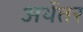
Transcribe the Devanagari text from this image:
अर्थेतर